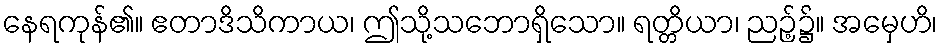
နေရကုန်၏။ ဧတာဒိသိကာယ၊ ဤသို့သဘောရှိသော။ ရတ္တိယာ၊ ညဉ့်၌။ အမှေဟိ၊